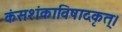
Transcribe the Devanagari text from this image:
कंसशंकाविषादकृत्‌।